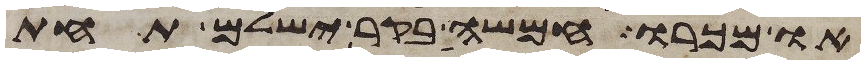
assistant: או מכרו חמשה בקר ישלם תחת